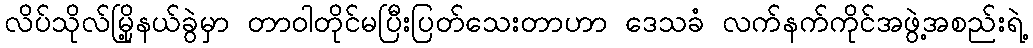
လိပ်သိုလ်မြို့နယ်ခွဲမှာ တာဝါတိုင်မပြီးပြတ်သေးတာဟာ ဒေသခံ လက်နက်ကိုင်အဖွဲ့အစည်းရဲ့